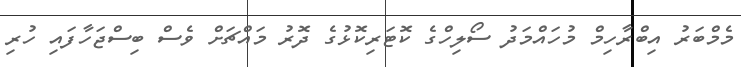
މެމްބަރު އިބްރާހިމް މުހައްމަދު ސޯލިހްގެ ކޮޓަރިކޮޅުގެ ދޮރު މައްޗަށް ވެސް ބިސްޖަހާފައި ހުރި